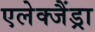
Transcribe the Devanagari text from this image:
एलेक्जैंड्रा